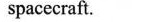
spacecraft.